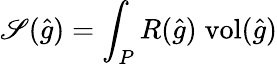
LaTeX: \mathscr{S}({\widehat{{g}}})=\int_{P}R({\widehat{{g}}})\; {\mathrm{{vol}}}({\widehat{{g}}})